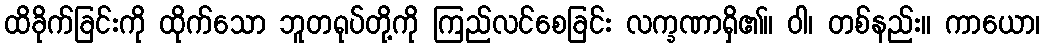
ထိခိုက်ခြင်းကို ထိုက်သော ဘူတရုပ်တို့ကို ကြည်လင်စေခြင်း လက္ခဏာရှိ၏။ ဝါ၊ တစ်နည်း။ ကာယော၊